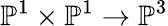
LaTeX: \mathbb{P}^{1}\times\mathbb{P}^{1}\to\mathbb{P}^{3}